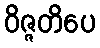
ဝိဇ္ဇတိပေ